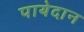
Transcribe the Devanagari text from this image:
पायेदान